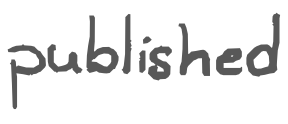
Text: published
Cross-out: clean
Writing tool: digital_gray